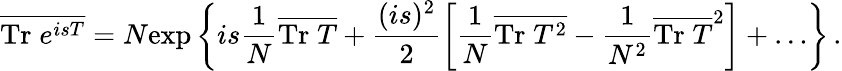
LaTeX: \overline{{{\mathrm{Tr}\; e^{isT}}}}=N\mathrm{exp}\left\{ is\frac{1}{N}\overline{{{\mathrm{Tr}\; T}}}+\frac{(is)^{2}}{2}\left[\frac{1}{N}\overline{{{\mathrm{Tr}\; T^{2}}}}-\frac{1}{N^{2}}\overline{{{\mathrm{Tr}\; T}}}^{2}\right]+\ldots\right\} \, .